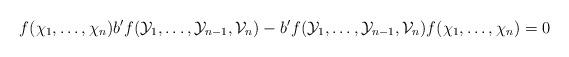
LaTeX: \begin{align*} f(\chi_1,\ldots,\chi_n) b^{\prime}f(\mathcal{Y}_1,\ldots,\mathcal{Y}_{n-1},\mathcal{V}_n)- b^{\prime}f(\mathcal{Y}_1,\ldots,\mathcal{Y}_{n-1},\mathcal{V}_n)f(\chi_1,\ldots,\chi_n)=0\end{align*}